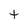
Character: t